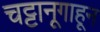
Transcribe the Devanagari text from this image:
चट्टानूगाहून